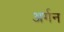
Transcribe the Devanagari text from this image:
अर्गन